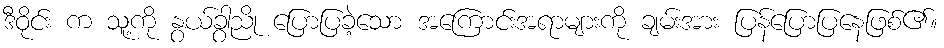
ဒီဝိုင်း က သူ့ကို နွယ်ခွာညို ပြောပြခဲ့သော အကြောင်းအရာများကို ချမ်းအား ပြန်ပြောပြနေဖြစ်၏။